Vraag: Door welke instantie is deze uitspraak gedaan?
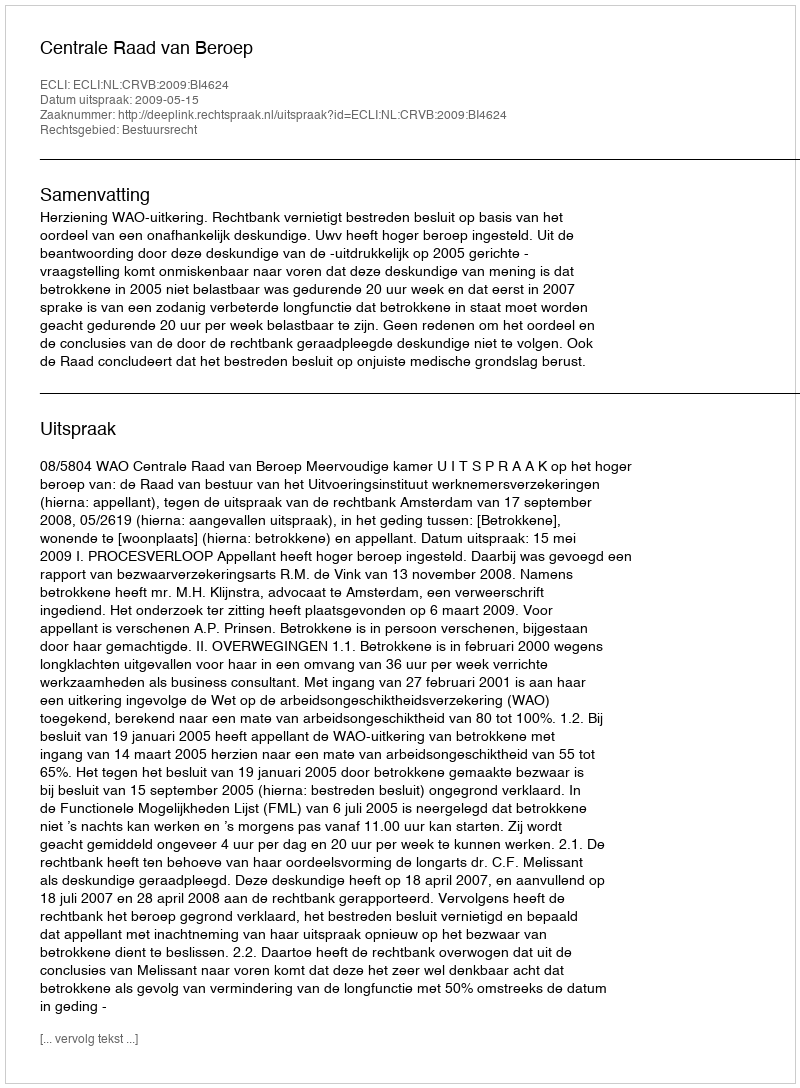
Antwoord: Centrale Raad van Beroep